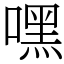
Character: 嘿